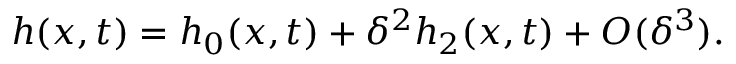
\begin{array} { r } { h ( x , t ) = h _ { 0 } ( x , t ) + \delta ^ { 2 } h _ { 2 } ( x , t ) + O ( \delta ^ { 3 } ) . } \end{array}